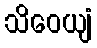
သိဝေယျံ